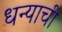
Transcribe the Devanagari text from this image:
धन्याची